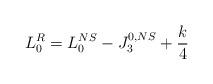
LaTeX: \begin{align*}L_0^{R}=L_{0}^{NS}-J_{3}^{0,NS}+{k\over 4}\end{align*}